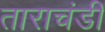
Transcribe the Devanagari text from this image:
ताराचंडी